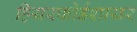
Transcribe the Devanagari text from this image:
हियरफोर्डशायर